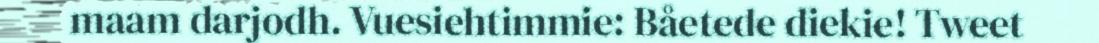
maam darjodh. Vuesiehtimmie: Båetede diekie! Tweet